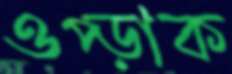
ওপ্‌ড়াক